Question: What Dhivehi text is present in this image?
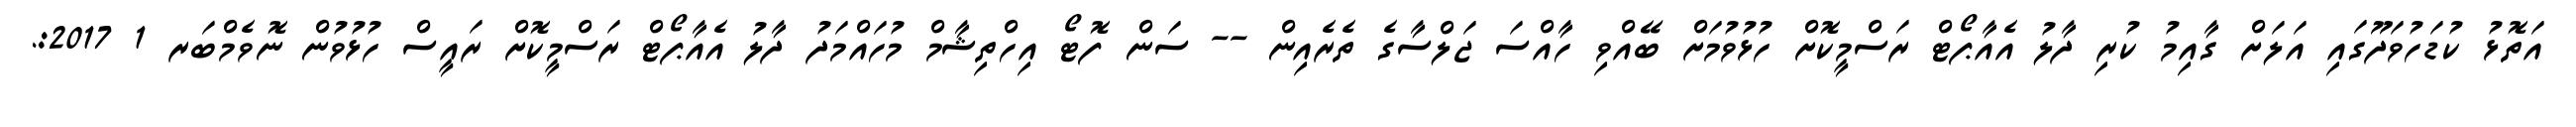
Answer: އަތޮޅު ކުޑަހުވަދޫގައި އަލަށް ގާއިމު ކުރި ދާލު އެއާޕޯޓް ރަސްމީކޮށް ހުޅުވުމަށް ބޭއްވި ހާއްސަ ޖަލްސާގެ ތެރެއިން -- ސަން ފޮޓޯ އިހްތިޝާމް މުހައްމަދު ދާލު އެއާޕޯޓް ރަސްމީކޮށް ރައީސް ހުޅުވުން ނޮވެމްބަރ 1 2017:.